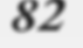
82